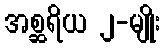
အစ္ဆရိယ ၂-မျိုး